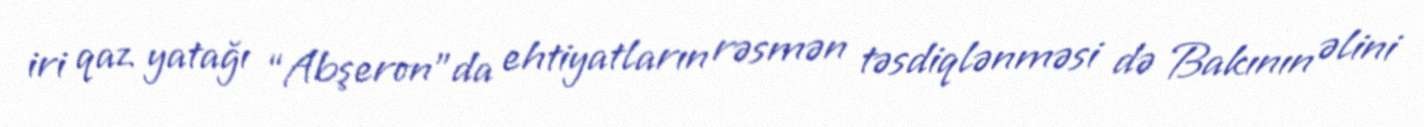
iri qaz yatağı “Abşeron”da ehtiyatların rəsmən təsdiqlənməsi də Bakının əlini